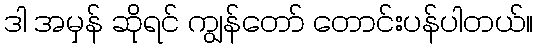
ဒါ အမှန် ဆိုရင် ကျွန်တော် တောင်းပန်ပါတယ်။